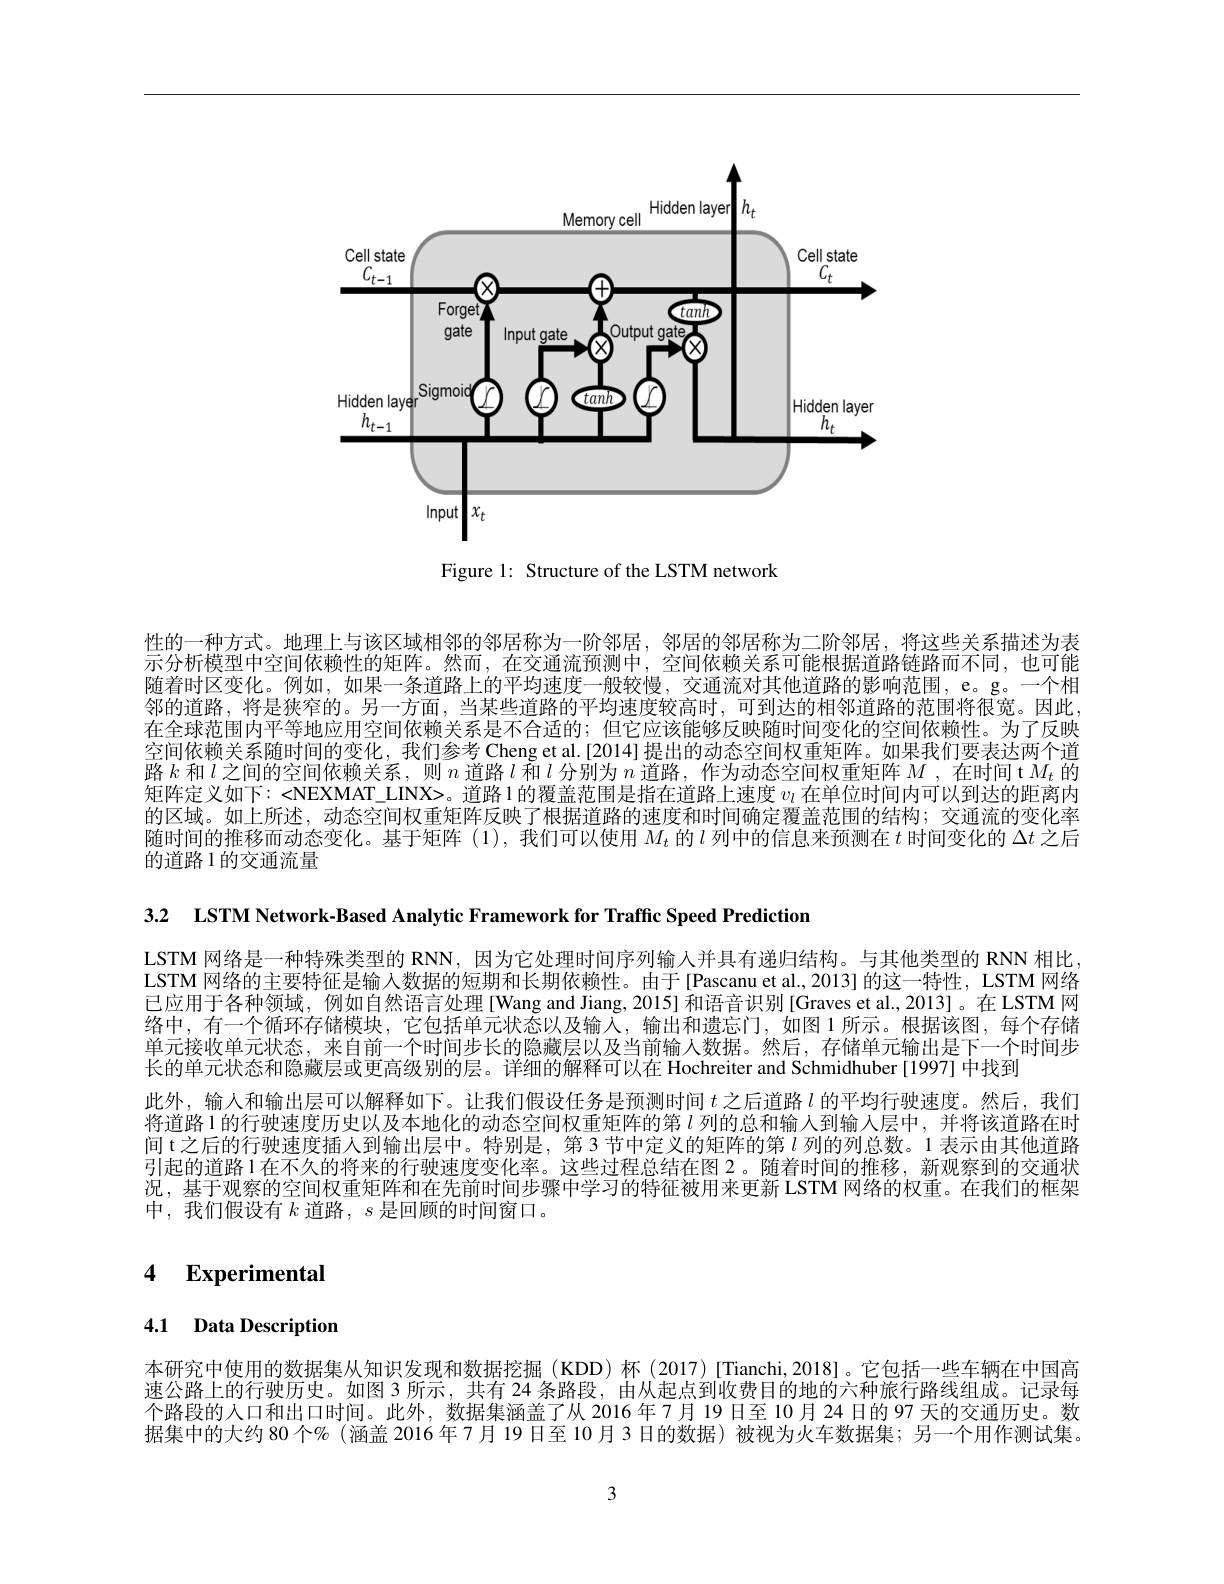
<FigureHere>

Figure 1: Structure of the LSTM network

性的一种方式。地理上与该区域相邻的邻居称为一阶邻居，邻居的邻居称为二阶邻居，将这些关系描述为表示分析模型中空间依赖性的矩阵。然而，在交通流预测中，空间依赖关系可能根据道路链路而不同，也可能随着时区变化。例如，如果一条道路上的平均速度一般较慢，交通流对其他道路的影响范围，e。g。一个相邻的道路，将是狭窄的。另一方面，当某些道路的平均速度较高时，可到达的相邻道路的范围将很宽。因此， 在全球范围内平等地应用空间依赖关系是不合适的；但它应该能够反映随时间变化的空间依赖性。为了反映空间依赖关系随时间的变化，我们参考 Cheng et al.[2014]提出的动态空间权重矩阵。如果我们要表达两个道路$k$和$l$之间的空间依赖关系，则$n$道路$l$和$l$分别为$n$道路，作为动态空间权重矩阵$M$ ,在时间 t $M_t$的矩阵定义如下：<NEXMAT\_LINX>。道路1的覆盖范围是指在道路上速度$v_\mathrm{\iota}$在单位时间内可以到达的距离内的区域。如上所述，动态空间权重矩阵反映了根据道路的速度和时间确定覆盖范围的结构；交通流的变化率随时间的推移而动态变化。基于矩阵(1),我们可以使用$M_t$的$l$列中的信息来预测在$t$时间变化的$\Delta t$之后的道路1的交通流量

3.2 LSTM Network-Based Analytic Framework for Traffic Speed Prediction

LSTM 网络是一种特殊类型的 RNN, 因为它处理时间序列输入并具有递归结构。与其他类型的 RNN 相比， LSTM 网络的主要特征是输入数据的短期和长期依赖性。由于[Pascanu et al.,2013] 的这一特性，LSTM 网络已应用于各种领域，例如自然语言处理[Wang and Jiang, 2015] 和语音识别[Graves et al.,2013]。在 LSTM 网络中，有一个循环存储模块，它包括单元状态以及输入，输出和遗忘门，如图1所示。根据该图，每个存储单元接收单元状态，来自前一个时间步长的隐藏层以及当前输入数据。然后，存储单元输出是下一个时间步长的单元状态和隐藏层或更高级别的层。详细的解释可以在 Hochreiter and Schmidhuber [1997] 中找到
此外，输人和输出层可以解释如下。让我们假设任务是预测时间$t$之后道路$l$的平均行驶速度。然后，我们将道路 1 的行驶速度历史以及本地化的动态空间权重矩阵的第$l$列的总和输入到输人层中，并将该道路在时间 t之后的行驶速度插入到输出层中。特别是，第 3 节中定义的矩阵的第$l$列的列总数。1 表示由其他道路引起的道路 1 在不久的将来的行驶速度变化率。这些过程总结在图 2。随着时间的推移，新观察到的交通状况，基于观察的空间权重矩阵和在先前时间步骤中学习的特征被用来更新 LSTM 网络的权重。在我们的框架中，我们假设有$k$道路，$s$是回顾的时间窗口。

4 $\textbf{Experimental}$

4.1 Data Description

本研究中使用的数据集从知识发现和数据挖掘(KDD)杯(2017)[Tianchi,2018]。它包括一些车辆在中国高速公路上的行驶历史。如图 3 所示，共有 24 条路段，由从起点到收费目的地的六种旅行路线组成。记录每个路段的人口和出口时间。此外，数据集涵盖了从 2016年7月 19 日至 10 月 24 日的 97 天的交通历史。数据集中的大约 80 个%(涵盖 2016 年7月 19 日至 10 月 3 日的数据) 被视为火车数据集；另一个用作测试集。

3